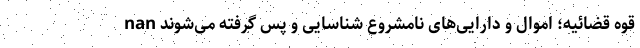
nan قوه قضائیه؛ اموال و دارایی‌های نامشروع شناسایی و پس گرفته می‌شوند